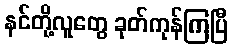
နင်တို့လူတွေ ခုတ်ကုန်ကြပြီ